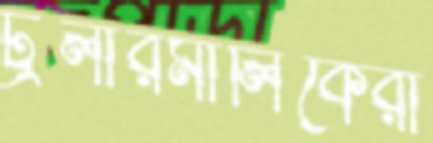
ট্রলারমালিকেরা